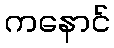
ကနောင်